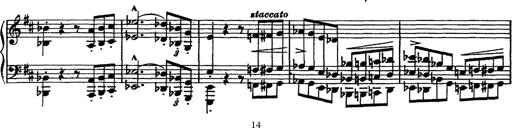
Title: Piano Sonata
Composer: Karl HÃ¤ssler
Key: C major